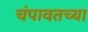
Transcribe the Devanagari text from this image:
चंपावतच्या